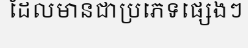
ដែលមានជាប្រភេទផ្សេងៗ